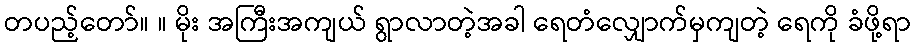
တပည့်တော်။ ။ မိုး အကြီးအကျယ် ရွာလာတဲ့အခါ ရေတံလျှောက်မှကျတဲ့ ရေကို ခံဖို့ရာ